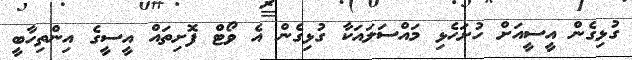
ގުޅިގެން އީސީއަށް ހުށަހެޅި މައްސަލައަކާ ގުޅިގެން އެ ވޯޓް ފޮށިތައް އީސީގެ އިންތިހާބީ